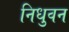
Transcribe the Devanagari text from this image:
निधुवन